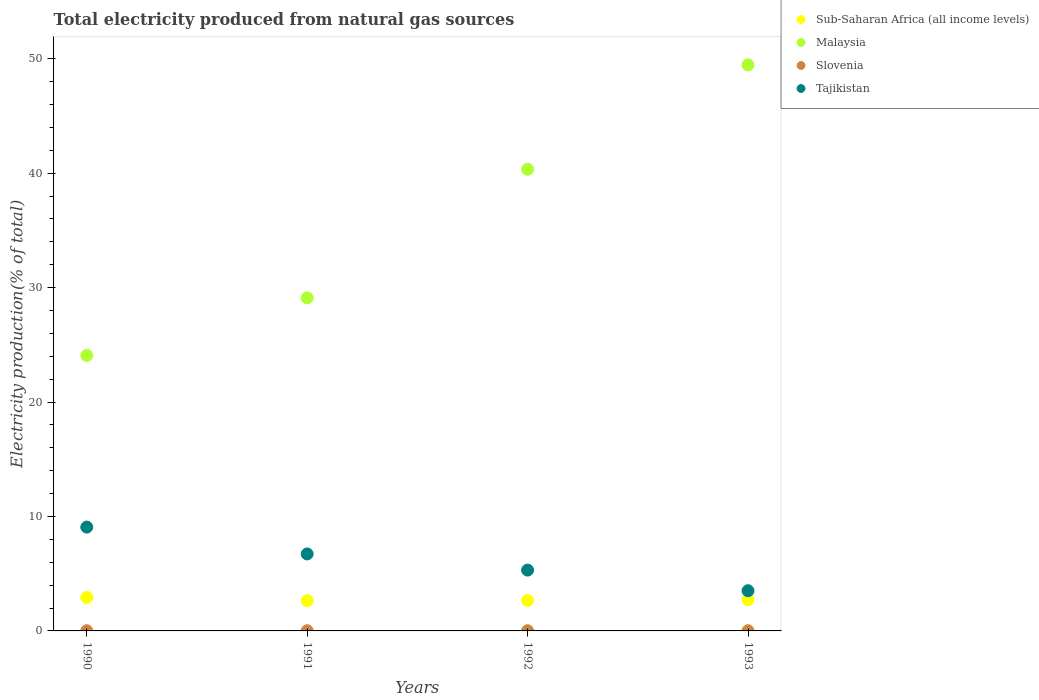
| Years | Sub-Saharan Africa (all income levels) | Malaysia | Slovenia | Tajikistan |
 | --- | --- | --- | --- | --- |
 | 1990 | 2.92 | 24.1 | 0.0161 | 9.07 |
 | 1991 | 2.63 | 29.1 | 0.0157 | 6.73 |
 | 1992 | 2.66 | 40.3 | 0.0162 | 5.31 |
 | 1993 | 2.73 | 49.5 | 0.0167 | 3.51 |